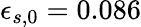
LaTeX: \epsilon_{s,0}=0.086